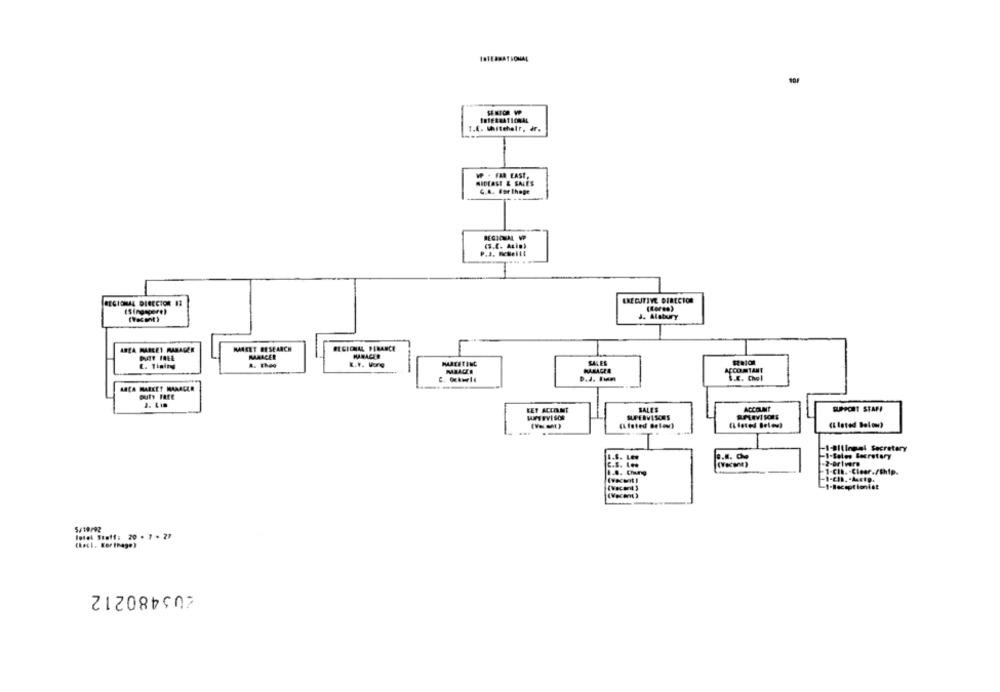
T.E. Whitehair, dr.
WP . FAR EAST.
MIDEASE & SALES
G.A. For thege
REGIONAL DIRECTOR 13
EXECUTIVE DIRECTOR
J. Alstury
ARZA MARLEY MANAGER
MARKET RESEARCH
REGIONAL PERANCE
BAT IRLE
MARACER
HARACER
E. Tining
E.T. Vurg
MARKETING
SALES
ACCOMTANT
D.J. Tien
S.E. Chol
ARCA MARKET MANAGER
buty rate
KET ACCENT
SALES
ACCOUNT
SUPPORT STAFF
SUPERVISORS
(Listed Below)
(Listed Below)
-1-BILIng=\ Secretary
L.S. LE#
0.8. 0ho
-1-Soles Secretary
C.S. L ..
-2-@rivers
1.8. Chung
=1-Chb. - Clear./Ship.
5/19/92
letet Staff: 20 . 7 . 27
205480212